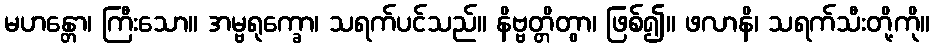
မဟန္တော၊ ကြီးသော။ အမ္ဗရုက္ခော၊ သရက်ပင်သည်။ နိဗ္ဗတ္တိတွာ၊ ဖြစ်၍။ ဖလာနိ၊ သရက်သီးတို့ကို။